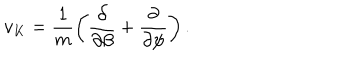
v _ { K } = \frac { 1 } { m } \left( \frac { \partial } { \partial \beta } + \frac { \partial } { \partial \psi } \right) .